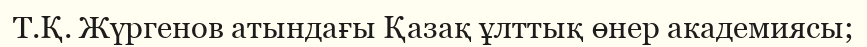
Т.Қ. Жүргенов атындағы Қазақ ұлттық өнер академиясы;